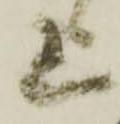
上